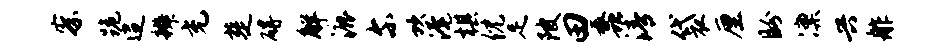
察跪迢辨充楚碍解漉尔坎淹棋倪足陂田蠡清袋厘盼凛兴舴